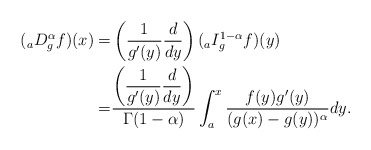
\begin{align*} ({}_aD_g^{\alpha} f) (x) = &\left(\frac{1}{g'(y) } \frac{d}{dy} \right) ( {}_{a}I_g^{1-\alpha} f )(y) \\= &\frac{\left(\displaystyle\frac{1}{g'(y)} \displaystyle\frac{d}{dy} \right)}{\Gamma (1-\alpha) } \int_a^x \frac{ f(y) g'(y) }{(g(x)- g(y))^{\alpha}}dy.\end{align*}